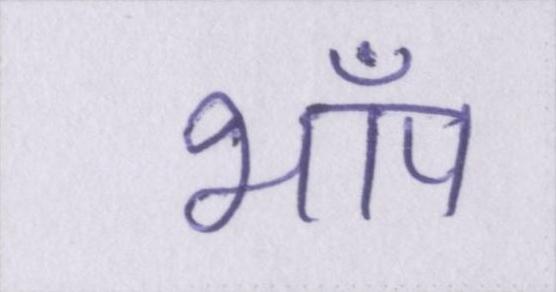
भाँप